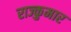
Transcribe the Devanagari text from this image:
राज्कुमार